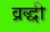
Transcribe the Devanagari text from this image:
व्रद्धी